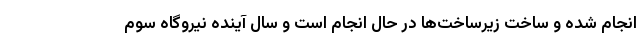
انجام شده و ساخت زیرساخت‌ها در حال انجام است و سال آینده نیروگاه سوم